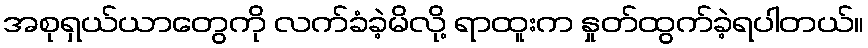
အစုရှယ်ယာတွေကို လက်ခံခဲ့မိလို့ ရာထူးက နှုတ်ထွက်ခဲ့ရပါတယ်။